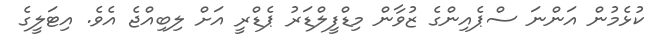
ކުޅެމުން އަންނަ ސްޕެއިންގެ ޒުވާން މިޑްފީލްޑަރު ޕެޑްރީ އަށް ލިބިއްޖެ އެވެ. އިޓަލީގެ